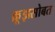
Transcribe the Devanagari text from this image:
क्रूझसोबत